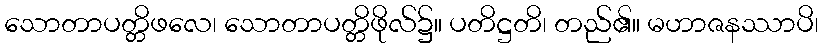
သောတာပတ္တိဖလေ၊ သောတာပတ္တိဖိုလ်၌။ ပတိဋ္ဌတိ၊ တည်၏။ မဟာဇနဿာပိ၊